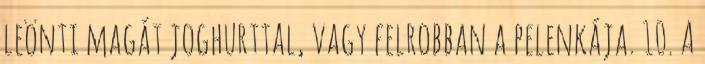
leönti magát joghurttal, vagy felrobban a pelenkája. 10. A